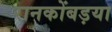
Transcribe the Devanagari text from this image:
रानकोंबड़या